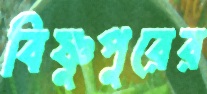
বিষ্ণুপুরের